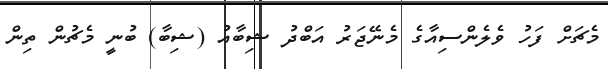
މެޗަށް ފަހު ވެލެންސިއާގެ މެނޭޖަރު އަބްދު ޝިބާއު (ޝިބާ) ބުނީ މެޗުން ތިން